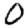
Digit: 0